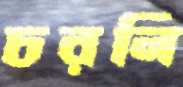
চরনি